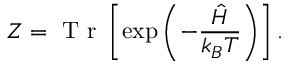
Z = \mathrm { ~ T ~ r ~ } \left[ \exp \left( - \frac { \hat { H } } { k _ { B } T } \right) \right] .